King Institute of Preventive Medicine Micro-Biological Section reports 1912-19
Year: 1912
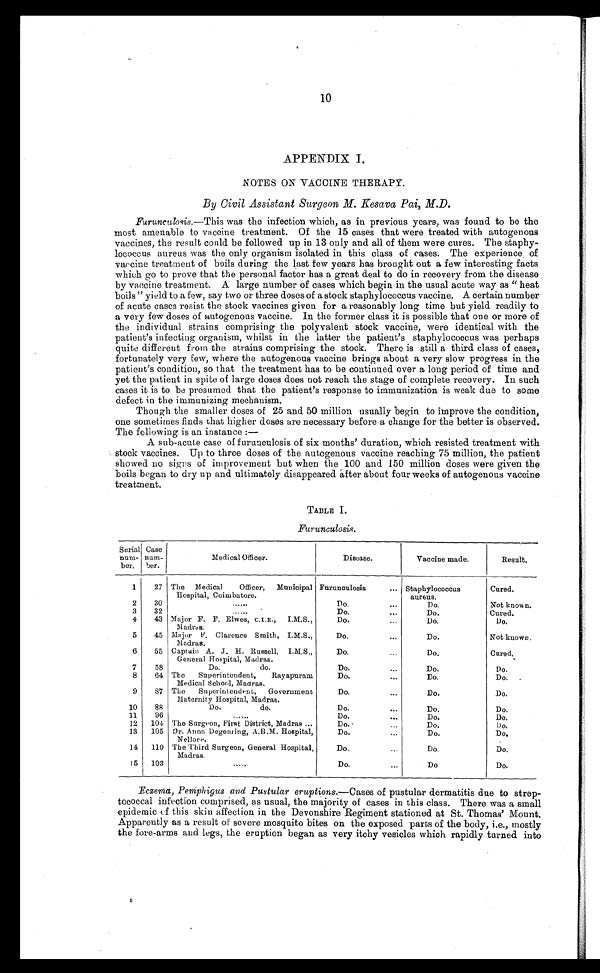
10
APPENDIX I.
NOTES ON VACCINE THERAPY.
By Civil Assistant Surgeon M. Kesava Pai, M.D.
Furunculosis.— This was the infection which, as in previous years, was found to be the
most amenable to vaccine treatment. Of the 15 cases that were treated with autogenous
vaccines, the result could be followed up in 13 only and all of them were cures. The staphy
- l o c o c c u s a u r e u s w a s t h e o n l y o r g a n i s m i s o l a t e d i n t h i s c l a s s o f c a s e s . T h e e x p e r i e n c e o f
vaccine treatment of boils during the last few years has brought out a few interesting facts
which go to prove that the personal factor has a great deal to do in recovery from the disease
by vaccine treatment. A large number of cases which begin in the usual acute way as "heat
boils" yield to a few, say two or three doses of a stock staphylococcus vaccine. A certain number
of acute cases resist the stock vaccines given for a reasonably long time but yield readily to
a very few doses of autogenous vaccine. In the former class it is possible that one or more of
the individual strains comprising the polyvalent stock vaccine, were identical with the
patient's infecting organism, whilst in the latter the patient's staphylococcus was perhaps
quite different from the strains comprising the stock. There is still a third class of cases,
fortunately very few, where the autogenous vaccine brings about a very slow progress in the
patient's condition, so that the treatment has to be continued over a long period of time and
yet the patient in spite of large doses does not reach the stage of complete recovery. In such
cases it is to be presumed that the patient's response to immunization is weak due to some
defect in the immunizing mechanism.
Though the smaller doses of 25 and 50 million usually begin to improve the condition,
one sometimes finds that higher doses are necessary before a change for the better is observed.
The following is an instance:
—
A sub-acute case of furunculosis of six months' duration, which resisted treatment with
stock vaccines. Up to three doses of the autogenous vaccine reaching 75 million, the patient
showed no signs of improvement but when the 100 and 150 million doses were given the
boils began to dry up and ultimately disappeared after about four weeks of autogenous vaccine
treatment.
TABLE I.
Furunculosis.
Serial
num-
ber.
Case
num-
ber.
Medical Officer.
Disease.
Vaccine made.
Result.
1
27
The Medical Officer, Municipal
Hospital, Coimbatore.
Furunculosis . . . Staphylococcus
aureus.
Cured.
2
30
. . .
Do. . . .
Do.
Not known.
3
32
. . .
Do. . . .
Do.
Cured.
4
43 Major F. F.Elwes, C.I.E.,
I.M.S.,
Madras.
Do.
Do.
Do.
5
45
Major
F. Clarence Smith,
I.M.S.,
Madras.
Do. . . .
D o .
Not known.
6
55
Captain A. J. H. Russell, I.M.S.,
General Hospital, Madras.
Do. . . .
D o .
Cured.
7
58
Do.
do.
Do. . . .
Do.
Do.
8
64
The Superintendent, Rayapuram
Medical School, Madras.
Do. . . .
Do.
Do.
9
87
The Superintendent, Government
Maternity Hospital, Madras.
D o . . . .
Do.
Do.
10
88
Do.
do.
Do. . . .
Do.
Do.
1 1
96
. . .
Do. . . .
Do.
Do.
12
104
The Surgeon, First District, Madras . . .
Do. . . .
Do.
Do.
13
105
Dr. Anna Degenring, A.B.M. Hospital,
Nellore.
Do. . . .
Do.
Do.
14
110
The Third Surgeon, General Hospital,
Madras.
Do. . . .
Do.
Do.
15
103
. . .
Do. . . .
D o .
Do.
Eczema, Pemphigus and Pustular eruptions .—Cases of pustular dermatitis due to strep--
tococcal infection comprised, as usual, the majority of cases in this class. There was a small
epidemic of this skin affection in the Devonshire Regiment stationed at St. Thomas' Mount.
Apparently as a result of severe mosquito bites on the exposed parts of the body, i.e., mostly
the fore-arms and legs, the eruption began as very itchy vesicles which rapidly turned into